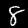
Digit: 8